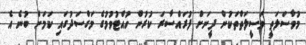
މުވާސަލަތީ ވަސީލަތްތަކުން ދީނަށް ފުރައްސާރަ ކުރުން ހުއްޓުވުމުގެ މަގްސަދުގައި ކަމަށް ބުނެ އެ